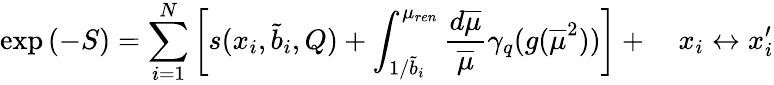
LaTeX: \exp{(-S)}=\sum_{i=1}^{N}\left[s(x_{i},\tilde{b}_{i},Q)+\int_{1/\tilde{b}_{i}}^{\mu_{ren}}\frac{d\overline{{{\mu}}}}{\overline{{{\mu}}}}\gamma_{q}(g(\overline{{{\mu}}}^{2}))\right]+\quad x_{i}\leftrightarrow x_{i}^{\prime}